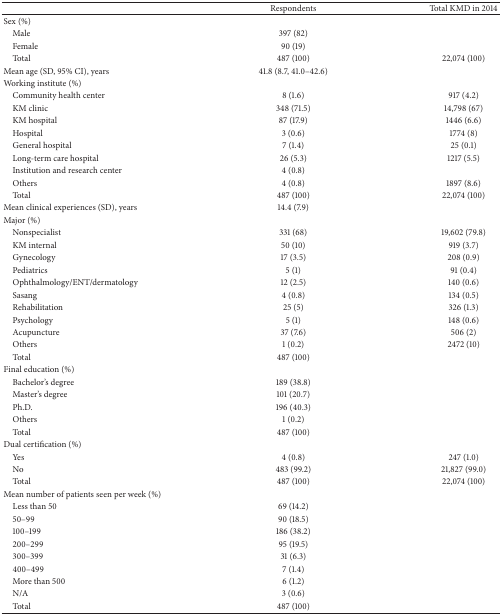
<table><thead><tr><td><b> </b></td><td><b>Respondents</b></td><td><b>Total KMD in 2014</b></td></tr></thead><tbody><tr><td>Sex (%)</td><td> </td><td> </td></tr><tr><td> Male</td><td>397 (82)</td><td> </td></tr><tr><td> Female</td><td>90 (19)</td><td> </td></tr><tr><td> Total</td><td>487 (100)</td><td>22,074 (100)</td></tr><tr><td>Mean age (SD, 95% CI), years</td><td>41.8 (8.7, 41.0–42.6)</td><td> </td></tr><tr><td>Working institute (%)</td><td> </td><td> </td></tr><tr><td> Community health center</td><td>8 (1.6)</td><td>917 (4.2)</td></tr><tr><td> KM clinic</td><td>348 (71.5)</td><td>14,798 (67)</td></tr><tr><td> KM hospital</td><td>87 (17.9)</td><td>1446 (6.6)</td></tr><tr><td> Hospital</td><td>3 (0.6)</td><td>1774 (8)</td></tr><tr><td> General hospital</td><td>7 (1.4)</td><td>25 (0.1)</td></tr><tr><td> Long-term care hospital</td><td>26 (5.3)</td><td>1217 (5.5)</td></tr><tr><td> Institution and research center</td><td>4 (0.8)</td><td> </td></tr><tr><td> Others</td><td>4 (0.8)</td><td>1897 (8.6)</td></tr><tr><td> Total</td><td>487 (100)</td><td>22,074 (100)</td></tr><tr><td>Mean clinical experiences (SD), years</td><td>14.4 (7.9)</td><td> </td></tr><tr><td>Major (%)</td><td> </td><td> </td></tr><tr><td> Nonspecialist</td><td>331 (68)</td><td>19,602 (79.8)</td></tr><tr><td> KM internal</td><td>50 (10)</td><td>919 (3.7)</td></tr><tr><td> Gynecology</td><td>17 (3.5)</td><td>208 (0.9)</td></tr><tr><td> Pediatrics</td><td>5 (1)</td><td>91 (0.4)</td></tr><tr><td> Ophthalmology/ENT/dermatology</td><td>12 (2.5)</td><td>140 (0.6)</td></tr><tr><td> Sasang</td><td>4 (0.8)</td><td>134 (0.5)</td></tr><tr><td> Rehabilitation</td><td>25 (5)</td><td>326 (1.3)</td></tr><tr><td> Psychology</td><td>5 (1)</td><td>148 (0.6)</td></tr><tr><td> Acupuncture</td><td>37 (7.6)</td><td>506 (2)</td></tr><tr><td> Others</td><td>1 (0.2)</td><td>2472 (10)</td></tr><tr><td> Total</td><td>487 (100)</td><td> </td></tr><tr><td>Final education (%)</td><td> </td><td> </td></tr><tr><td> Bachelor&#x27;s degree</td><td>189 (38.8)</td><td> </td></tr><tr><td> Master&#x27;s degree</td><td>101 (20.7)</td><td> </td></tr><tr><td> Ph.D.</td><td>196 (40.3)</td><td> </td></tr><tr><td> Others</td><td>1 (0.2)</td><td> </td></tr><tr><td> Total</td><td>487 (100)</td><td> </td></tr><tr><td>Dual certification (%)</td><td> </td><td> </td></tr><tr><td> Yes</td><td>4 (0.8)</td><td>247 (1.0)</td></tr><tr><td> No</td><td>483 (99.2)</td><td>21,827 (99.0)</td></tr><tr><td> Total</td><td>487 (100)</td><td>22,074 (100)</td></tr><tr><td>Mean number of patients seen per week (%)</td><td> </td><td> </td></tr><tr><td> Less than 50</td><td>69 (14.2)</td><td> </td></tr><tr><td> 50–99</td><td>90 (18.5)</td><td> </td></tr><tr><td> 100–199</td><td>186 (38.2)</td><td> </td></tr><tr><td> 200–299</td><td>95 (19.5)</td><td> </td></tr><tr><td> 300–399</td><td>31 (6.3)</td><td> </td></tr><tr><td> 400–499</td><td>7 (1.4)</td><td> </td></tr><tr><td> More than 500</td><td>6 (1.2)</td><td> </td></tr><tr><td> N/A</td><td>3 (0.6)</td><td> </td></tr><tr><td> Total</td><td>487 (100)</td><td> </td></tr></tbody></table>